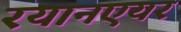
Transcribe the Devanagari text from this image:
रयानएयर